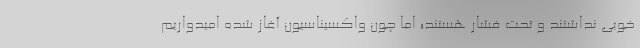
خوبی نداشتند و تحت فشار هستند؛ اما چون واکسیناسیون آغاز شده امیدواریم